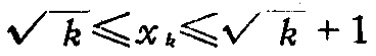
\(\sqrt{k}\leqslant x_{k}\leqslant\sqrt{k}+1\)